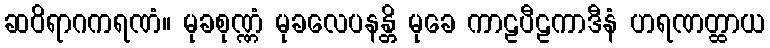
ဆဝိရာဂကရဏံ။ မုခစုဏ္ဏံ မုခလေပနန္တိ မုခေ ကာဠပီဠကာဒီနံ ဟရဏတ္ထာယ